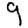
Digit: 9